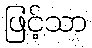
ဖြင့်သာ